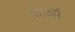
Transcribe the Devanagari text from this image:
सोओं